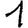
Digit: 1